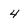
Character: 4